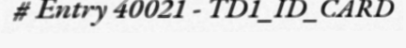
# Entry 40021 - TD1_ID_CARD